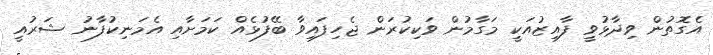
އެގޮތުން ވިދާޅުވީ ފާއިޒުއަކީ މަގާމުން ވަކިކުރަން ޖެހިފައިވާ ބޭފުޅެއް ކަމަށާއި އެމަނިކުފާނު ޝަރުއީ